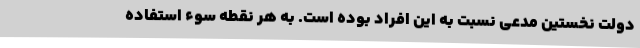
دولت نخستین مدعی نسبت به این افراد بوده است. به هر نقطه سوء استفاده